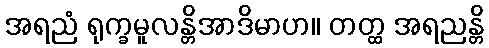
အရညံ ရုက္ခမူလန္တိအာဒိမာဟ။ တတ္ထ အရညန္တိ